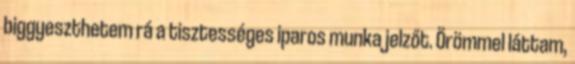
biggyeszthetem rá a tisztességes iparos munka jelzőt. Örömmel láttam,